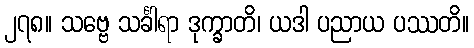
၂၇၈။ သဗ္ဗေ သင်္ခါရာ ဒုက္ခာတိ၊ ယဒါ ပညာယ ပဿတိ။